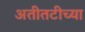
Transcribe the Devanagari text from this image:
अतीतटीच्या